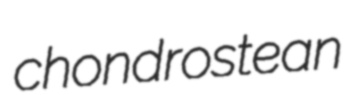
chondrostean